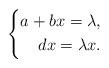
LaTeX: \begin{align*}\left\{\begin{aligned}a+bx=\lambda,\\dx=\lambda x.\end{aligned}\right.\end{align*}